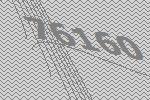
76160